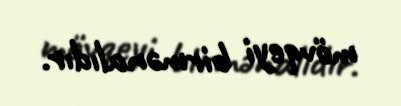
mövqeyi birmənalıdır.